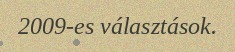
2009-es választások.